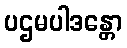
ပဌမပါဒန္တော